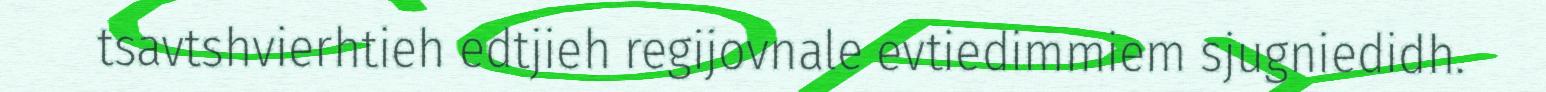
tsavtshvierhtieh edtjieh regijovnale evtiedimmiem sjugniedidh.